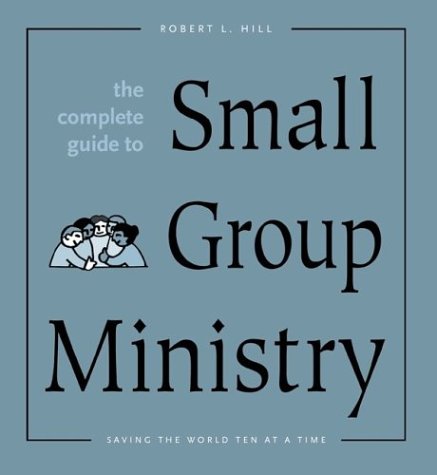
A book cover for The Complete Guide to Small Group Ministry: Saving the World Ten at a Time; Robert C. Hill; Religion & Spirituality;